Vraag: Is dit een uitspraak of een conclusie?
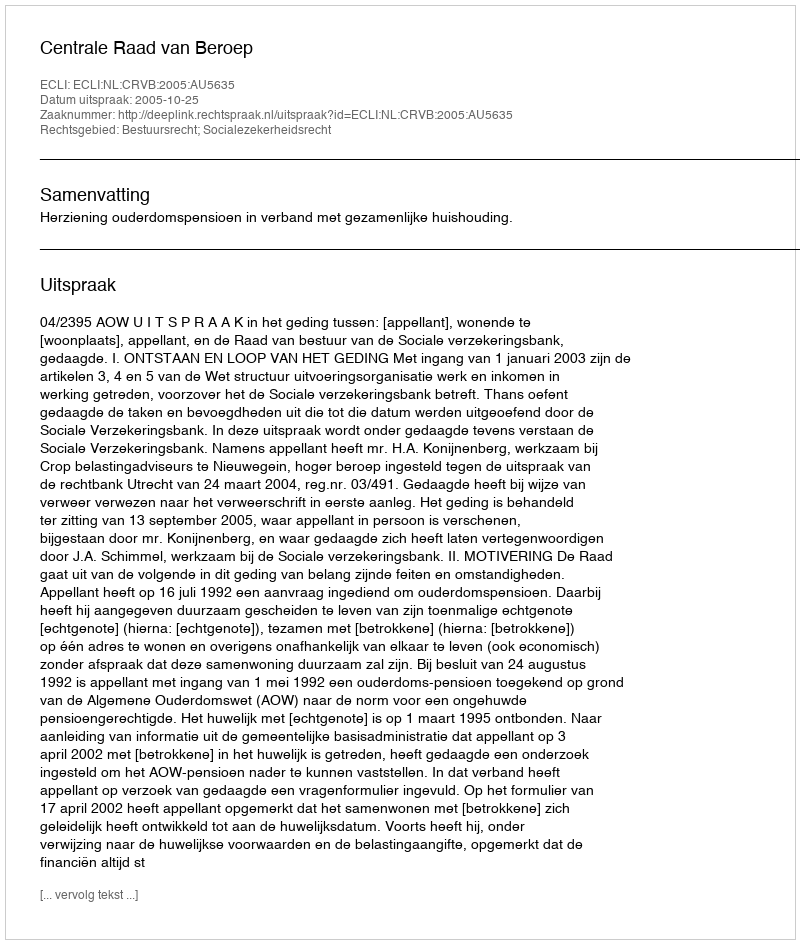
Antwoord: Uitspraak